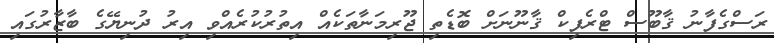
ރަސްގެފާނު ޤާބޫސް ޓްރެފިކް ޤާނޫނަށް ބޮޑެތި ޖޫރިމަނާތަކެއް އިތުރުކުރެއްވި އިރު ދުނިޔޭގެ ބާޒާރުގައި